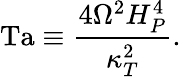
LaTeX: \mathrm{Ta}\equiv{\frac{4\Omega^{2}H_{P}^{4}}{\kappa_{T}^{2}}}.